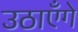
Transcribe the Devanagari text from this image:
उठाएँगे